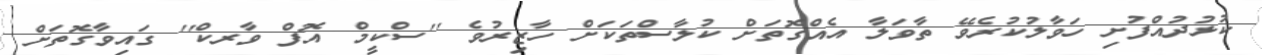
ކުޅުދުއްފުށި ހަވާލުކުރެވޭ ތާވަލާ އެއްގޮތަށް ކުލާސްތަކަށް ހާޒިރުވެ ''ސްކީމް އޮފް ވާރކް'' ގައިވާގޮތަށް